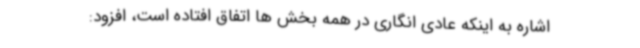
اشاره به اینکه عادی انگاری در همه بخش ها اتفاق افتاده است، افزود: